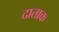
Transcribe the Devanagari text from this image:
दाताक